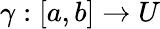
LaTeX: \! \, \gamma:[a,b]\to U